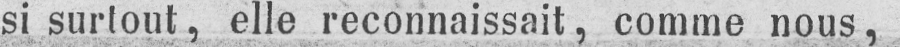
si surtout, elle reconnaissait, comme nous,